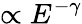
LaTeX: \propto E^{-\gamma}